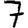
Digit: 7